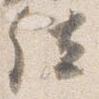
位